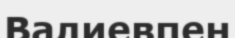
Валиевпен